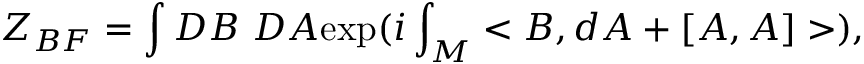
Z _ { B F } = \int D B ~ D A \mathrm { e x p } ( i \int _ { M } < B , d A + [ A , A ] > ) ,